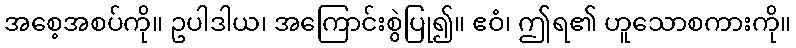
အစေ့အစပ်ကို။ ဥပါဒါယ၊ အကြောင်းစွဲပြု၍။ ဧဝံ၊ ဤရ၏ ဟူသောစကားကို။